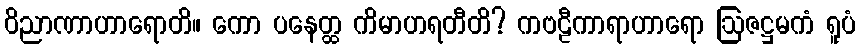
ဝိညာဏာဟာရောတိ။ ကော ပနေတ္ထ ကိမာဟရတီတိ? ကဗဠီကာရာဟာရော ဩဇဋ္ဌမကံ ရူပံ